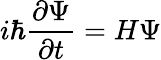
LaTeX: i\hbar{\frac{\partial\Psi}{\partial t}}=H\Psi